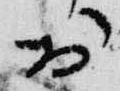
於